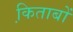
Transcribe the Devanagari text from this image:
कि़ताबों